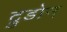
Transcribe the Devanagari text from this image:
ट्रुडोन